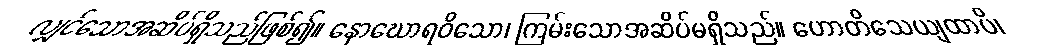
လျှင်သောအဆိပ်ရှိသည်ဖြစ်၍။ နောဃောရဝိသော၊ ကြမ်းသောအဆိပ်မရှိသည်။ ဟောတိသေယျထာပိ၊